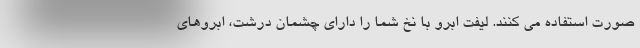
صورت استفاده می کنند. لیفت ابرو با نخ شما را دارای چشمان درشت، ابروهای